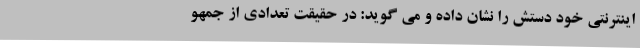
اینترنتی خود دستش را نشان داده و می گوید: در حقیقت تعدادی از جمهو